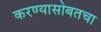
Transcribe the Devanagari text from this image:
करण्यासोबतचा